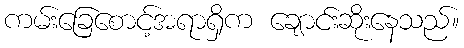
ကမ်းခြေစောင့်အရာရှိက ချောင်းဆိုးနေသည်။